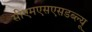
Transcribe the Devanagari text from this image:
सीएमएसएसडब्ल्यू